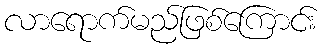
လာရောက်မည်ဖြစ်ကြောင်း